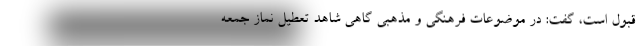
قبول است، گفت: در موضوعات فرهنگی و مذهبی گاهی شاهد تعطیل نماز جمعه